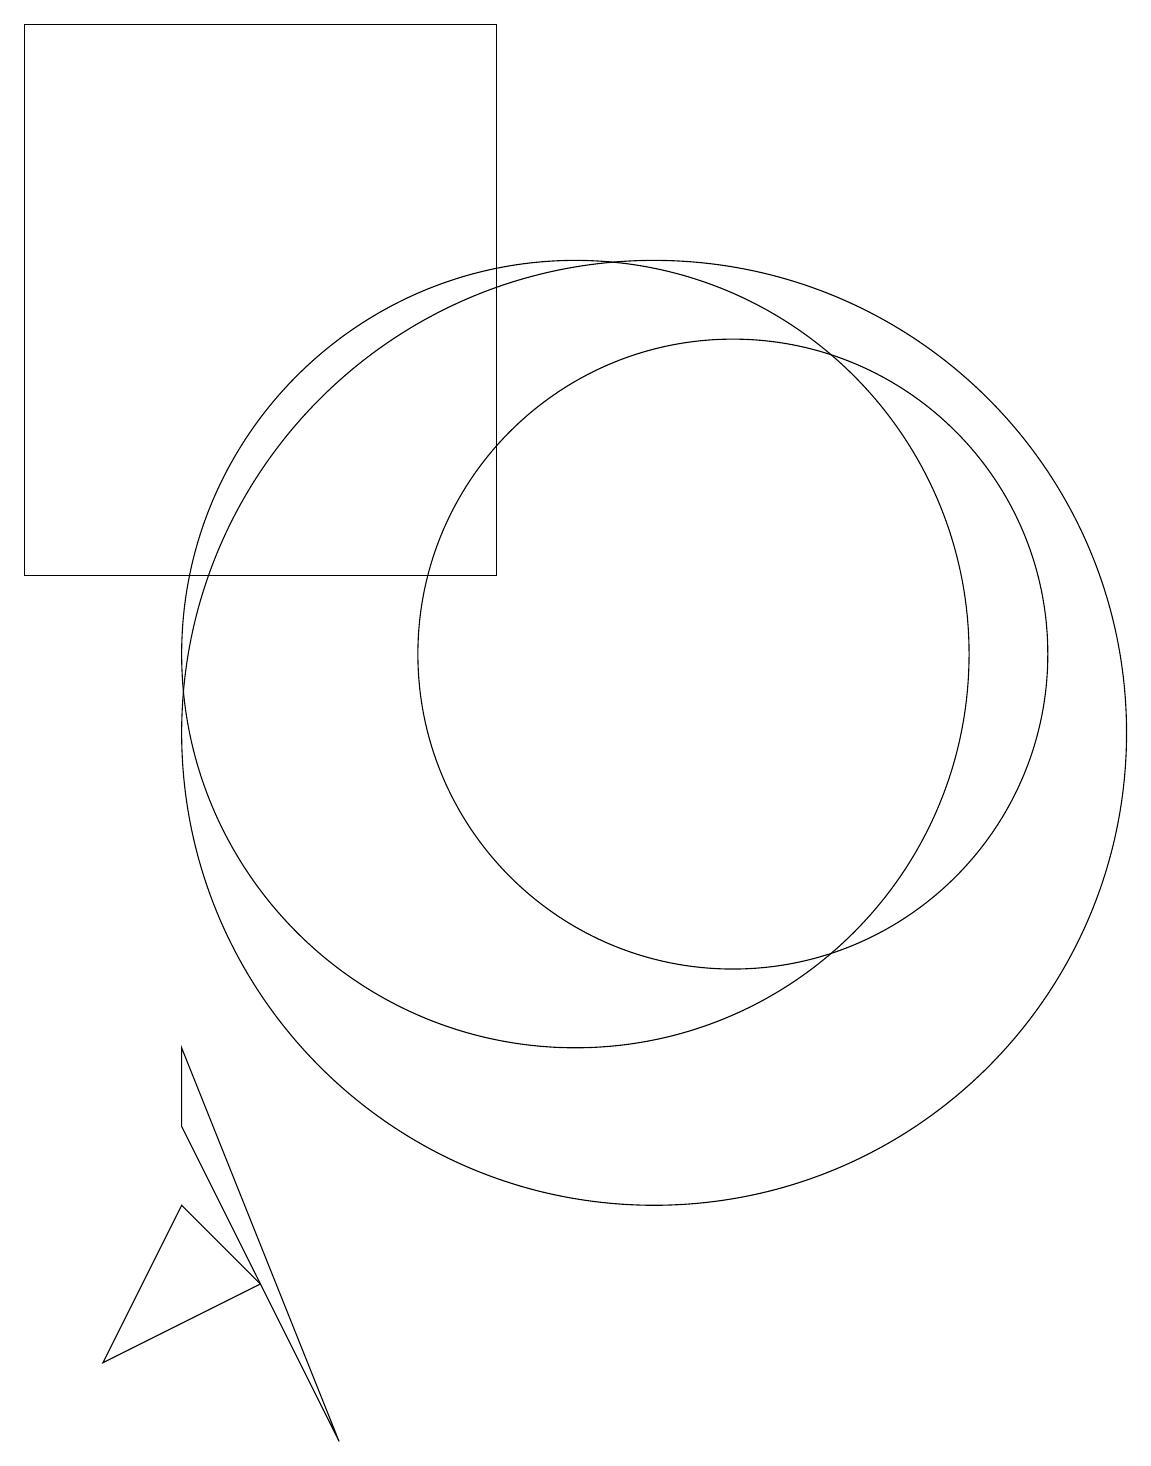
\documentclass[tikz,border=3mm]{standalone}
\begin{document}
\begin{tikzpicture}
\draw (12,11) circle (4);
\draw (11,10) circle (6);
\draw (3,19) rectangle (9,12);
\draw (10,11) circle (5);
\draw (6,17) rectangle (6,17);
\draw (4,2) -- (6,3) -- (5,4) -- cycle;
\draw (7,1) -- (5,6) -- (5,5) -- cycle;
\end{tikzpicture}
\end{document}